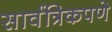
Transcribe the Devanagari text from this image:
सार्वत्रिकपणे